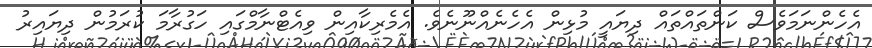
އެހެންނަމަވެސް ކަންތައްތައް ދިޔައީ މުޅިން އެހެނެއްނޫނެވެ. އެމެރިކާއިން ވިއެޓްނާމްގައި ހަގުރާމަ ކުރަމުން ދިޔައިރު